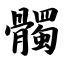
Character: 髑